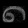
Digit: ၈